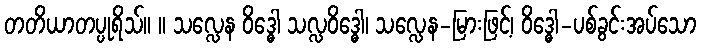
တတိယာတပ္ပုရိသ်။ ။ သလ္လေန ဝိဒ္ဓေါ သလ္လဝိဒ္ဓေါ၊ သလ္လေန-မြားဖြင့်၊ ဝိဒ္ဓေါ-ပစ်ခွင်းအပ်သော